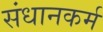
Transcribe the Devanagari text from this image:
संधानकर्म